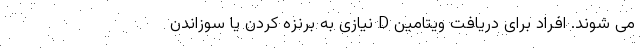
می شوند. افراد برای دریافت ویتامین D نیازی به برنزه کردن یا سوزاندن